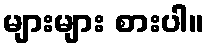
များများ စားပါ။